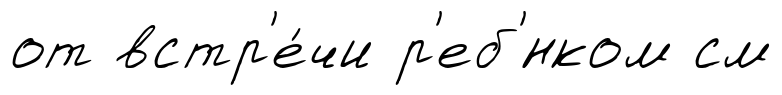
от встр'е́чи р'еб'́нком см